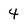
Character: 4